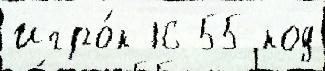
Игро́к 16 55 код